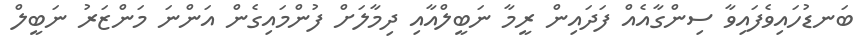
ބަނޑުހައިވެފައިވާ ސިންގާއެއް ފަދައިން ރީމާ ނަބީލްއާއި ދިމާލަށް ފުންމައިގެން އަންނަ މަންޒަރު ނަބީލް